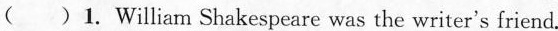
( )1. William Shakespeare was the writer's friend.